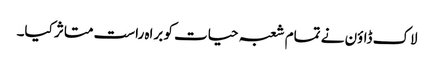
لاک ڈاؤن نے تمام شعبہ حیات کو براہ راست متاثر کیا۔